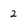
Character: 2